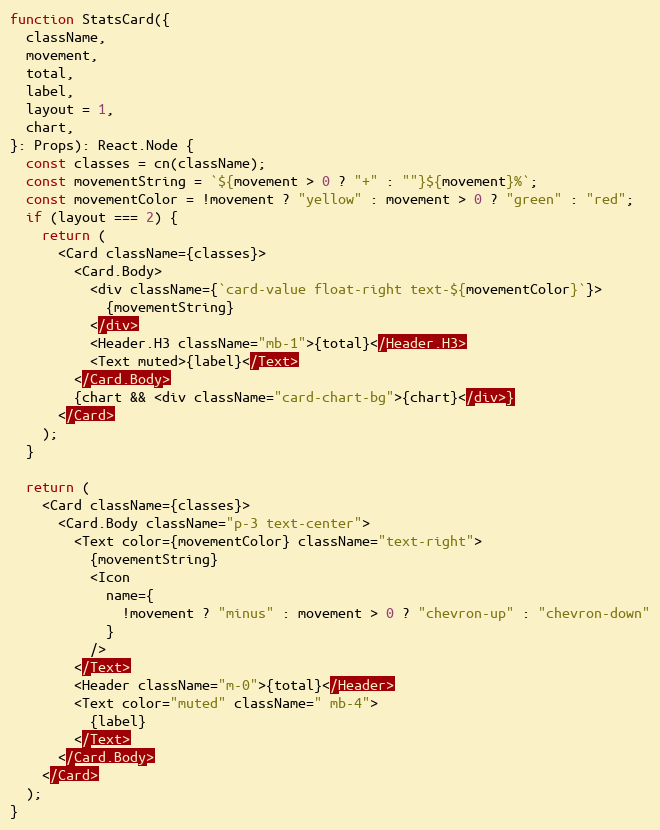
Language: JavaScript
function StatsCard({
  className,
  movement,
  total,
  label,
  layout = 1,
  chart,
}: Props): React.Node {
  const classes = cn(className);
  const movementString = `${movement > 0 ? "+" : ""}${movement}%`;
  const movementColor = !movement ? "yellow" : movement > 0 ? "green" : "red";
  if (layout === 2) {
    return (
      <Card className={classes}>
        <Card.Body>
          <div className={`card-value float-right text-${movementColor}`}>
            {movementString}
          </div>
          <Header.H3 className="mb-1">{total}</Header.H3>
          <Text muted>{label}</Text>
        </Card.Body>
        {chart && <div className="card-chart-bg">{chart}</div>}
      </Card>
    );
  }

  return (
    <Card className={classes}>
      <Card.Body className="p-3 text-center">
        <Text color={movementColor} className="text-right">
          {movementString}
          <Icon
            name={
              !movement ? "minus" : movement > 0 ? "chevron-up" : "chevron-down"
            }
          />
        </Text>
        <Header className="m-0">{total}</Header>
        <Text color="muted" className=" mb-4">
          {label}
        </Text>
      </Card.Body>
    </Card>
  );
}